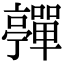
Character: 𡅄